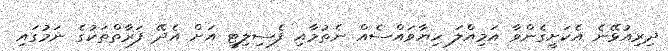
ދިރިއުޅޭނެ އެކަށީގެންވާ އަމިއްލަ ހިޔާވައްސެއް ނެތުމާއި ފެސިލިޓީ އަށް އެދޭ ފަރާތްތަކުގެ ނަމުގައި